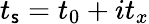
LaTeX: t_{\mathsf{s}}=t_{0}+it_{x}